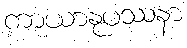
ကာယာနုပဿနာ